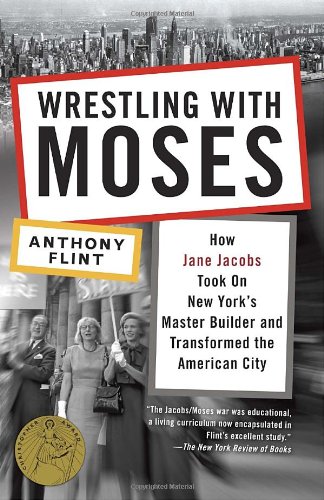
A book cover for Wrestling with Moses: How Jane Jacobs Took On New York's Master Builder and Transformed the American City; Anthony Flint; Arts & Photography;